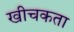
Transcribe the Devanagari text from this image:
खीचकता